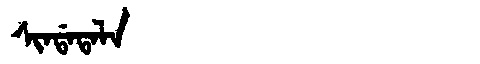
Manchu: ᠰᡳᠨᡩᠠᡨᠠᠯᠠ
Romanization: SINDATALA